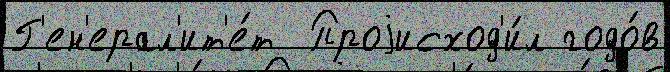
Г'ен'ерал'ит'е́т  Проjисход'и́л годо́в